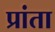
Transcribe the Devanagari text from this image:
प्रांता